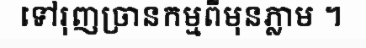
ទៅរុញច្រានកម្មពីមុនភ្លាម ។